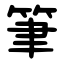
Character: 筆